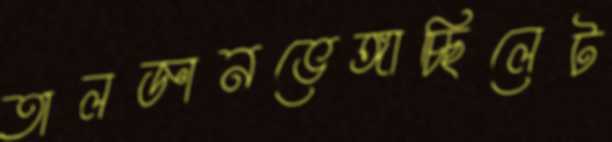
তালজ্ঞানভেঙ্গাচ্ছিলেট